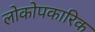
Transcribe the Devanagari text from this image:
लोकोपकारिक